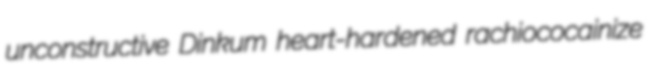
unconstructive Dinkum heart-hardened rachiococainize